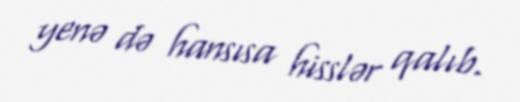
yenə də hansısa hisslər qalıb.